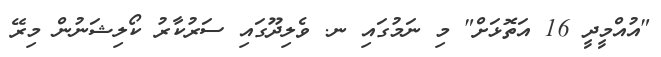
"އުއްމީދީ 16 އަތޮޅަށް" މި ނަމުގައި ނ. ވެލިދޫގައި ސަރުކާރު ކޯލިޝަނުން މިރޭ